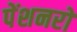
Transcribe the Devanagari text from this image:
पेंशनरों